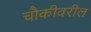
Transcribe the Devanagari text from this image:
चौकीवरील